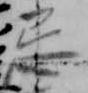
忌